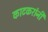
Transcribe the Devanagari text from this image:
काटकरांनी